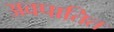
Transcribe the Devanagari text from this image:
अवपातित